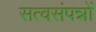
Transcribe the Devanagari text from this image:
सत्वसंपन्नों